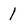
Character: 1